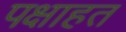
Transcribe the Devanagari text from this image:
पक्षाहत